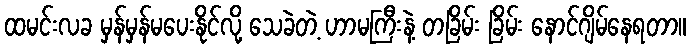
ထမင်းလခ မှန်မှန်မပေးနိုင်လို့ သေခဲတဲ့ ဟာမကြီးနဲ့ တခြိမ်း ခြိမ်း နောင်ဂျိမ်နေရတာ။